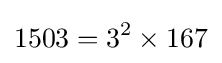
1503=3^{2}\times 167